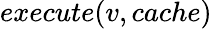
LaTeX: execute(v,cache)